Notes on vaccination in the North-West Frontier Province 1923-1928 - 1923-1928
Year: 1923
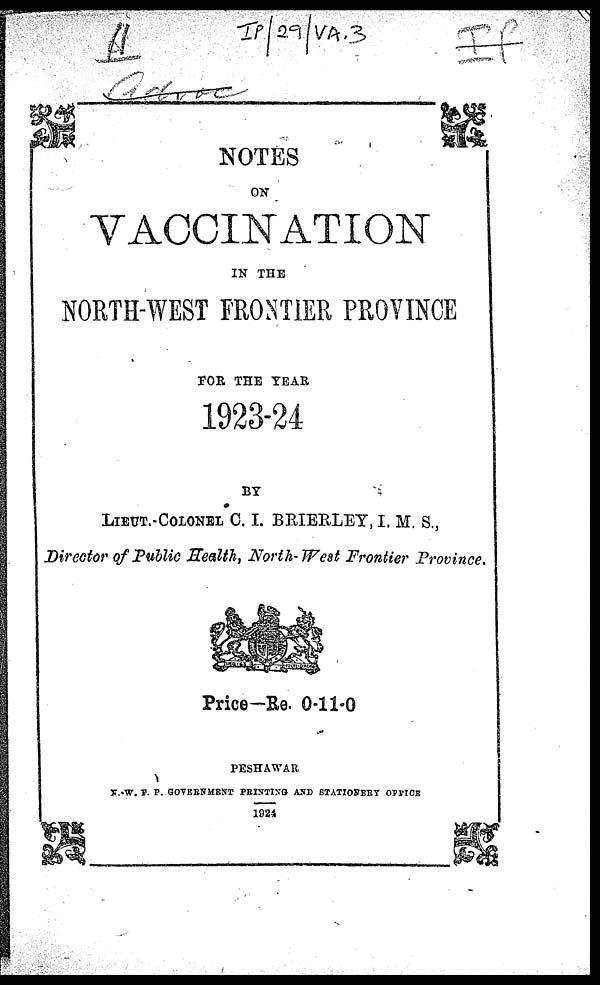
NOTES
ON
VACCINATION
IN THE
NORTH-WEST FRONTIER PROVINCE
FOR THE YEAR
1923-24
BY
LIEUT. COLONEL C. I. BRIERLEY, I. M. S.,
Director of Public Health, North-West Frontier Province.
Price-Re. 0-11-0
PESHAWAR
N.-W. F. P. GOVERNMENT PRINTING AND STATIONERY OFFICE
1924